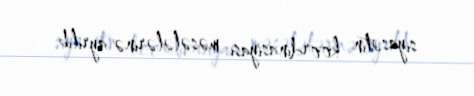
siyasətin koordinasiyası məsələlərinə ayrılıb.